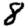
Digit: 8